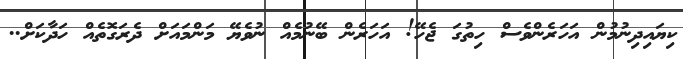
ކިޔައިދިނުމުން އަހަރެންވެސް ހިތުގަ ޖެހޭ! އަހަރެން ބޭނުމެއް ނުވެޔޭ މަންމައަށް ދެރަގޮތެއް ހަދާކަށް..